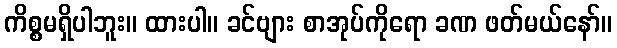
ကိစ္စမရှိပါဘူး။ ထားပါ။ ခင်ဗျား စာအုပ်ကိုရော ခဏ ဖတ်မယ်နော်။